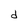
Character: d